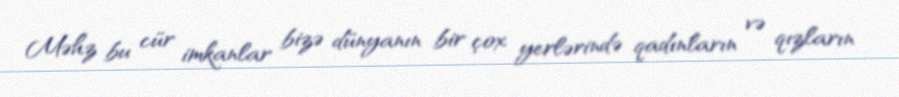
Məhz bu cür imkanlar bizə dünyanın bir çox yerlərində qadınların və qızların